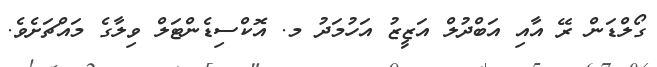
ގޯލްޑަން ރޭ އާއި އަބްދުލް އަޒީޒު އަހުމަދު މ. އޮކްސިޑެންޓަލް ވިލާގެ މައްޗަށެވެ.